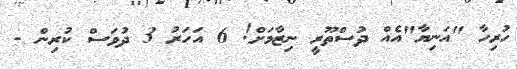
ހުރިހާ "އަނިޔާ"އެއް ދުސްތޫރީ ނިޒާމަށް! 6 އަހަރު 3 ދުވަސް ކުރިން -